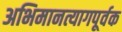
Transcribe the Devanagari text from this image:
अभिमानत्यागपूर्वक